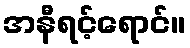
အနီရင့်ရောင်။